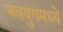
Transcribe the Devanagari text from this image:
नवयुगमध्ये